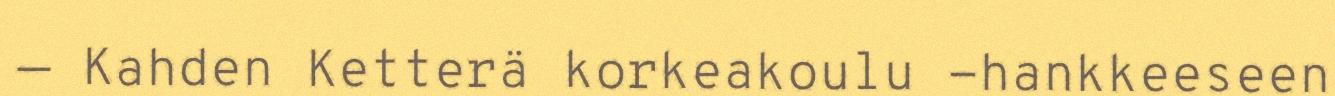
─ Kahden Ketterä korkeakoulu -hankkeeseen